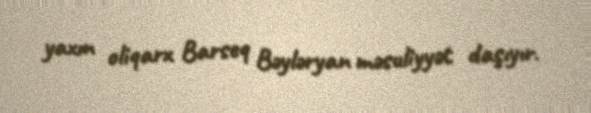
yaxın oliqarx Barseq Bəyləryan məsuliyyət daşıyır.